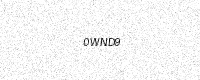
Text: 0WND9